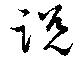
説